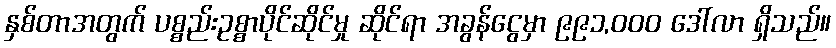
နှစ်တာအတွက် ပစ္စည်းဥစ္စာပိုင်ဆိုင်မှု ဆိုင်ရာ အခွန်ငွေမှာ ၉၉၁,၀၀၀ ဒေါ်လာ ရှိသည်။